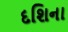
દશિના